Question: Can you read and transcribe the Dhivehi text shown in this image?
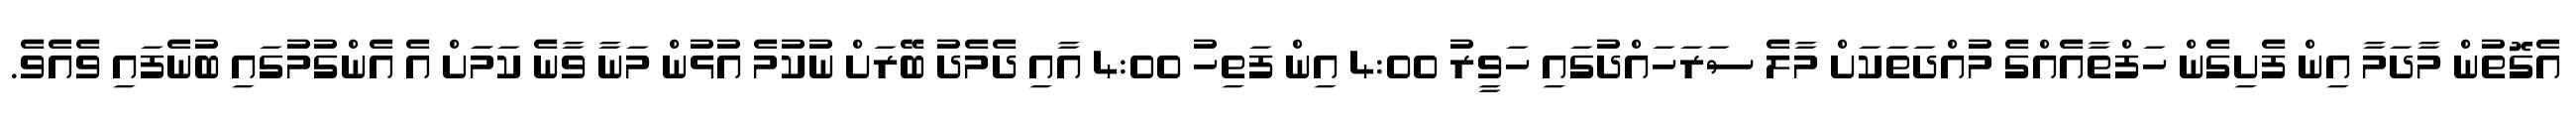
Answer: އެގޮތުން މާދަމާ އިން ފެށިގެން ހަފްތާއެއްގެ މުއްދަތަކަށް މާލެ ސަރަހައްދުގައި ހަވީރު 4:00 އިން ފަތިހު 4:00 އާއި ދެމެދު ބޭރަށް ނުކުމެ އުޅުން މަނާ ވާނެ ކަމަަށް އެ އެންގުމުގައި ބުނެފައި ވެއެވެ.